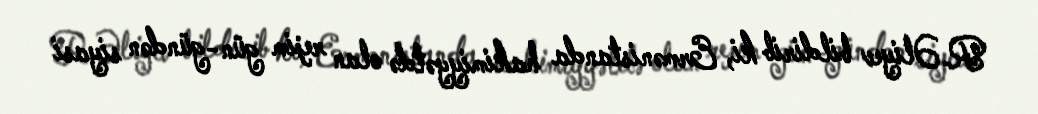
R.Əliyev bildirib ki, Ermənistanda hakimiyyətdə olan rejim gün-gündən siyasi